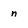
Character: n